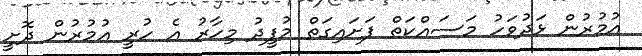
އުމުރުން ޅަދުވަހު މަސައްކަތް ފަށައިގަތް މުފީދު މިހާރު އެ ހުރީ އުމުރުން ދޮށީ